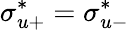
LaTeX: \sigma_{u+}^{*}=\sigma_{u-}^{*}